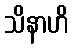
သိနာဟိ